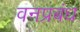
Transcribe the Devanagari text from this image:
वनप्रबंध